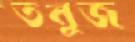
তনুজ